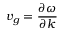
v _ { g } = { \frac { \partial \omega } { \partial k } }